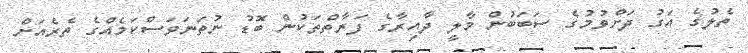
ތެލުގެ އަގު ދަށްވުމުގެ ސަބަބުން މާލީ ދާއިރާގެ ފަރާތްތަކުން ބޮޑު ނުތަނަވަސްކަމެއްގެ ތެރެއަށް